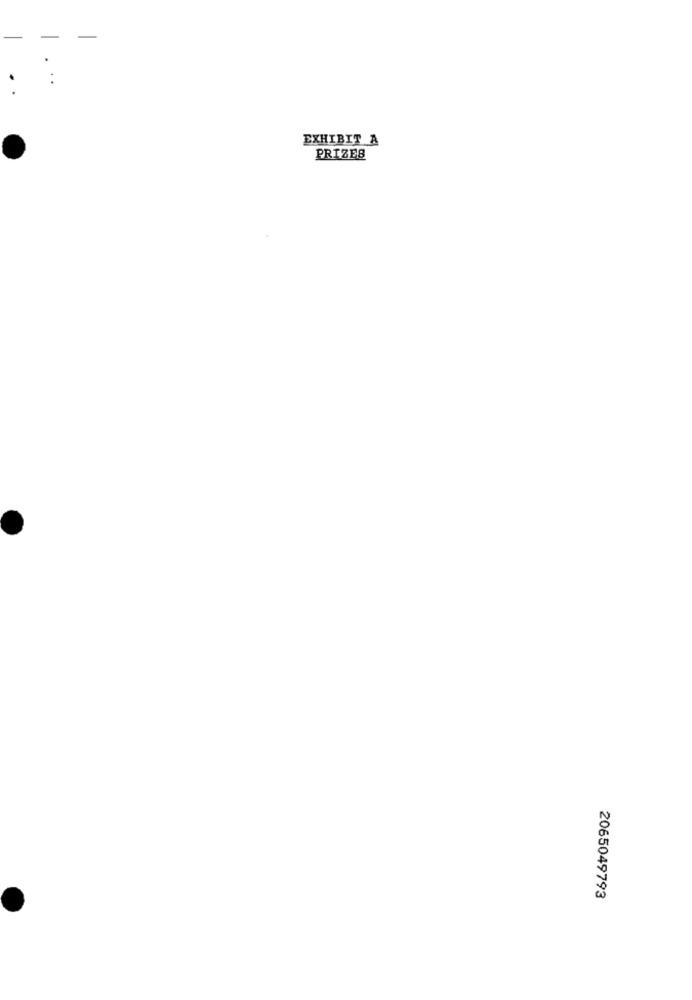
EXHIBIT A
PRIZES
2065049793